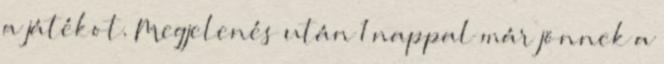
a játékot. Megjelenés után 1 nappal már jönnek a